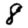
Digit: 8